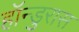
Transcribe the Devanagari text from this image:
हॉन्डुरास